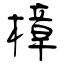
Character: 樟